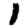
Digit: 1